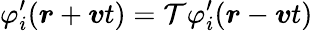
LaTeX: \varphi_{i}^{\prime}(\boldsymbol{r}+\boldsymbol{v}t)=\mathcal{T}\varphi_{i}^{\prime}(\boldsymbol{r}-\boldsymbol{v}t)